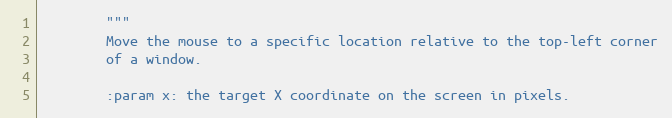
Language: Python
        """
        Move the mouse to a specific location relative to the top-left corner
        of a window.

        :param x: the target X coordinate on the screen in pixels.